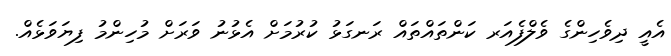
އެއީ ދިވެހިންގެ ވެލްފެއަރ ކަންތައްތައް ރަނގަޅު ކުރުމަށް އެޅުނު ވަރަށް މުހިންމު ފިޔަވަޅެއް.